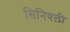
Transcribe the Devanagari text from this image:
सिनिवली